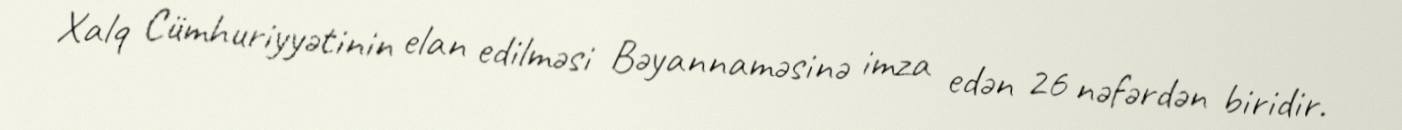
Xalq Cümhuriyyətinin elan edilməsi Bəyannaməsinə imza edən 26 nəfərdən biridir.